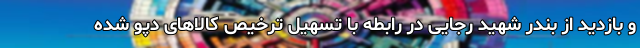
و بازدید از بندر شهید رجایی در رابطه با تسهیل ترخیص کالاهای دپو شده